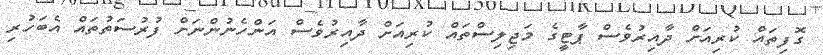
ގޮފިތައް ކުރިއަށް ދާއިރުވެސް ޕާޓީގެ މަޖިލިސްތައް ކުރިއަށް ދާއިރުވެސް އަންހެނުންނަށް ފުރުސަތުތައް އެބަހުރި